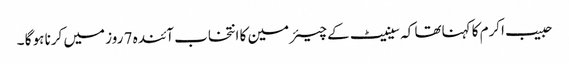
حبیب اکرم کا کہناتھا کہ سینیٹ کے چیئر مین کا انتخاب آئندہ 7 روز میں کرنا ہو گا ۔